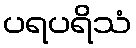
ပရပရိသံ